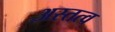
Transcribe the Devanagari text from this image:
अस्तत्व